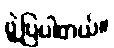
ဖွဲ့ပြပါတယ်။